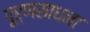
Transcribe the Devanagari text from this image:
पूर्णसाधना